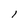
Character: l